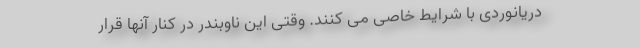
دریانوردی با شرایط خاصی می کنند. وقتی این ناوبندر در کنار آنها قرار